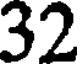
32